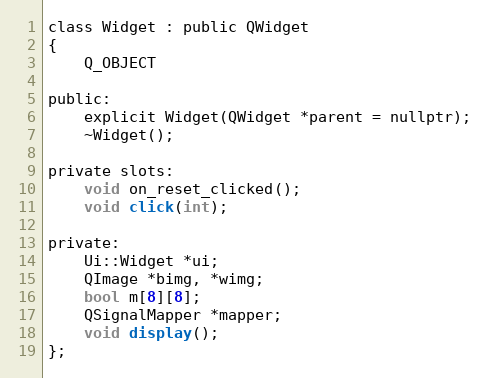
Language: C
class Widget : public QWidget
{
    Q_OBJECT

public:
    explicit Widget(QWidget *parent = nullptr);
    ~Widget();

private slots:
    void on_reset_clicked();
    void click(int);

private:
    Ui::Widget *ui;
    QImage *bimg, *wimg;
    bool m[8][8];
    QSignalMapper *mapper;
    void display();
};